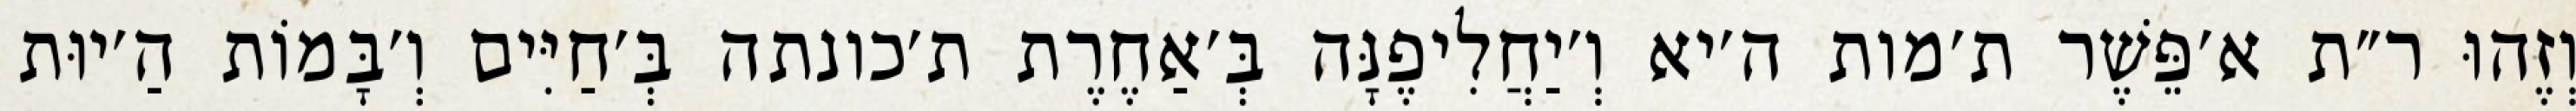
וְזֶהוּ ר״ת א׳פֵּשֶׁר ת׳מות ה׳יא וְ׳יַחֲלִיפֶנָּה בְּ׳אַחֶרֶת ת׳כונתה בְּ׳חַיִּים וְ׳בָּמוֹת הַ׳יוּת